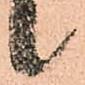
候